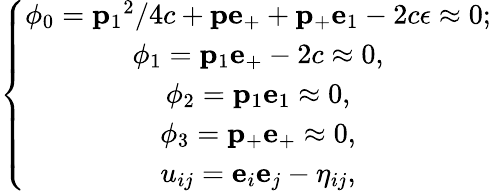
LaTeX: \left\{ \begin{array}{c}{{\phi_{0}={\mathbf p_{1}}^{2}/4c+{\mathbf p}{\mathbf e}_{+}+{\mathbf p_{+}}{\mathbf e}_{1}-2c\epsilon\approx 0;}}\\ {{\phi_{1}={\mathbf p}_{1}{\mathbf e}_{+}-2c\approx 0,}}\\ {{\phi_{2}={\mathbf p}_{1}{\mathbf e}_{1}\approx 0,}}\\ {{\phi_{3}={\mathbf p}_{+}{\mathbf e}_{+}\approx 0,}}\\ {{u_{ij}={\mathbf e}_{i}{\mathbf e}_{j}-\eta_{ij},}}\end{array}\right.